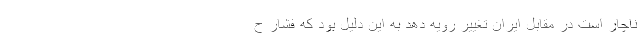
ناچار است در مقابل ایران تغییر رویه دهد به این دلیل بود که فشار ح